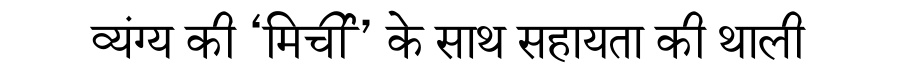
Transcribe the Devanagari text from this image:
व्यंग्य की ‘मिर्ची’ के साथ सहायता की थाली